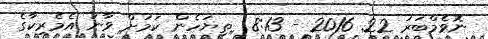
ނޮވެމްބަރު 22